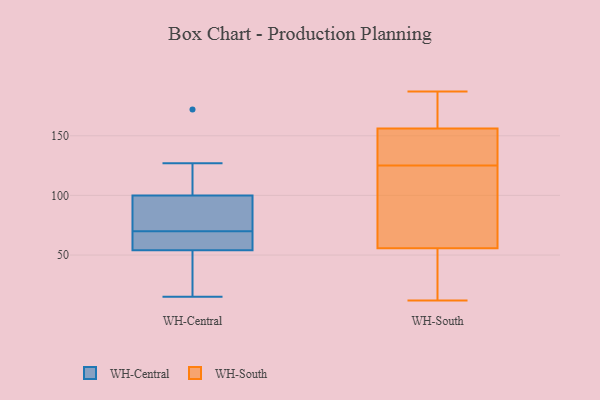
{"axis": {"x": "Revenue (USD Million)", "y": "Value"}, "legend": ["WH-Central", "WH-South"], "data": [{"x": "", "y": 78, "type": "WH-Central"}, {"x": "", "y": 62, "type": "WH-Central"}, {"x": "", "y": 102, "type": "WH-Central"}, {"x": "", "y": 172, "type": "WH-Central"}, {"x": "", "y": 30, "type": "WH-Central"}, {"x": "", "y": 96, "type": "WH-Central"}, {"x": "", "y": 100, "type": "WH-Central"}, {"x": "", "y": 39, "type": "WH-Central"}, {"x": "", "y": 54, "type": "WH-Central"}, {"x": "", "y": 15, "type": "WH-Central"}, {"x": "", "y": 60, "type": "WH-Central"}, {"x": "", "y": 127, "type": "WH-Central"}, {"x": "", "y": 55, "type": "WH-Central"}, {"x": "", "y": 89, "type": "WH-Central"}, {"x": "", "y": 134, "type": "WH-South"}, {"x": "", "y": 83, "type": "WH-South"}, {"x": "", "y": 187, "type": "WH-South"}, {"x": "", "y": 31, "type": "WH-South"}, {"x": "", "y": 12, "type": "WH-South"}, {"x": "", "y": 50, "type": "WH-South"}, {"x": "", "y": 125, "type": "WH-South"}, {"x": "", "y": 13, "type": "WH-South"}, {"x": "", "y": 157, "type": "WH-South"}, {"x": "", "y": 184, "type": "WH-South"}, {"x": "", "y": 153, "type": "WH-South"}, {"x": "", "y": 185, "type": "WH-South"}, {"x": "", "y": 82, "type": "WH-South"}, {"x": "", "y": 174, "type": "WH-South"}, {"x": "", "y": 141, "type": "WH-South"}, {"x": "", "y": 73, "type": "WH-South"}, {"x": "", "y": 136, "type": "WH-South"}, {"x": "", "y": 36, "type": "WH-South"}, {"x": "", "y": 122, "type": "WH-South"}]}